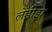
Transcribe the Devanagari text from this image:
लेडीझ